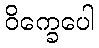
ဝိက္ခေပေါ